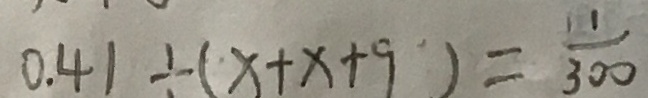
0 . 4 1 \div ( x + x + 9 ) = \frac { 1 } { 3 0 0 }